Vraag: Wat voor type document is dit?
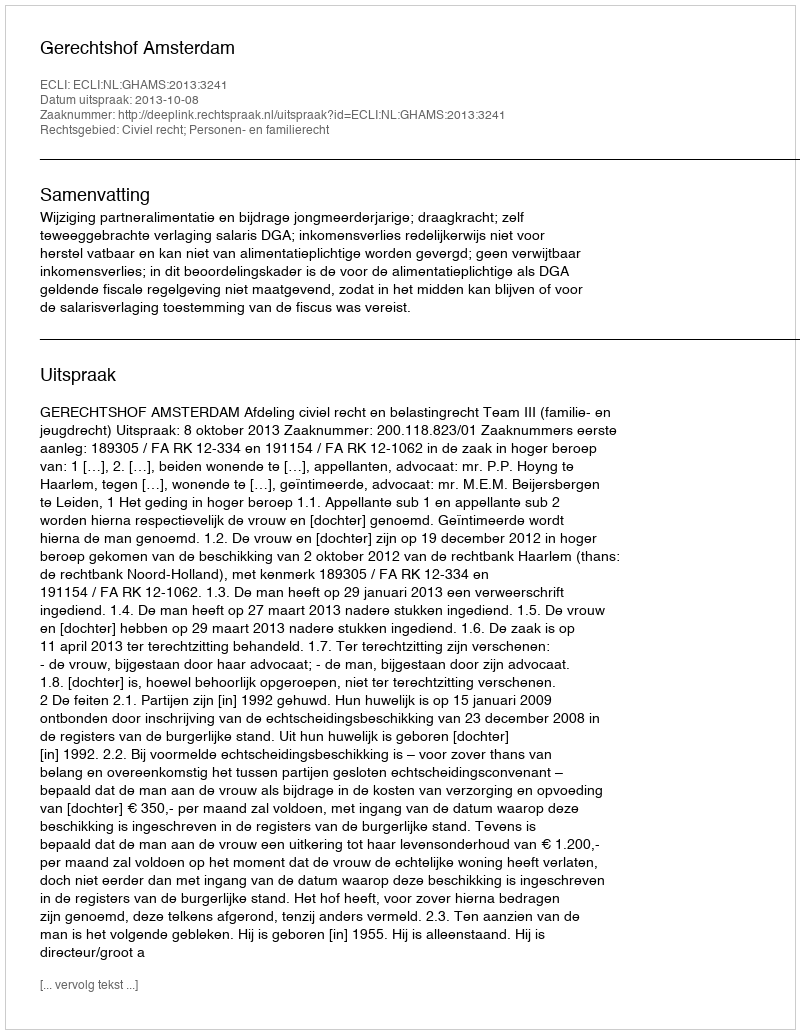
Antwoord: Uitspraak